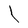
Character: l